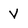
Character: V